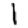
Digit: 1